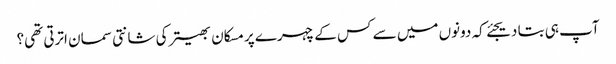
آپ ہی بتا دیجئے کہ دونوں میں سے کس کے چہرے پر مسکان بھیتر کی شانتی سمان اترتی تھی؟